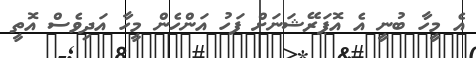
އެ މީހާ ބުނީ އެ އޮޕަރޭޝަނަށް ފަހު އަންހެން މީހާ އަދިވެސް އޮތީ